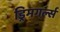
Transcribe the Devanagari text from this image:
ड्रिमगर्ल्स